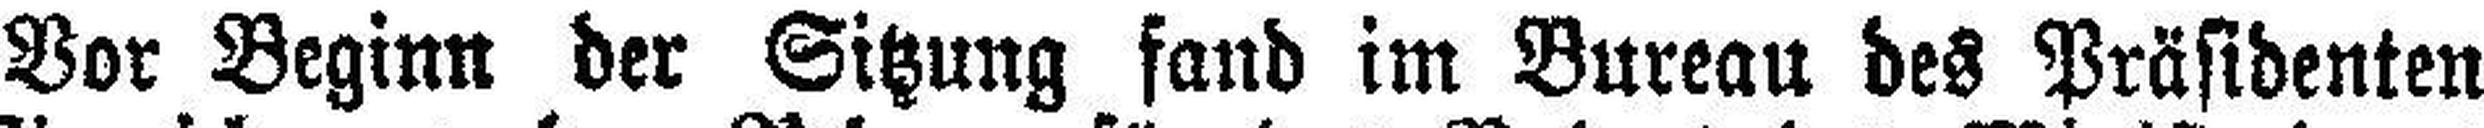
Vor Beginn der Sitzung fand im Bureau des Präsidenten